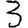
Digit: 3